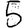
Digit: 5